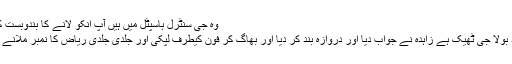
وہ جی سنٹرل ہاسپٹل میں ہیں آپ انکو لانے کا بندوبست کریں
راشد بولا جی ٹھیک ہے زاہدہ نے جواب دیا اور دروازہ بند کر دیا اور بھاگ کر فون کیطرف لپکی اور جلدی جلدی ریاض کا نمبر ملانے لگی۔